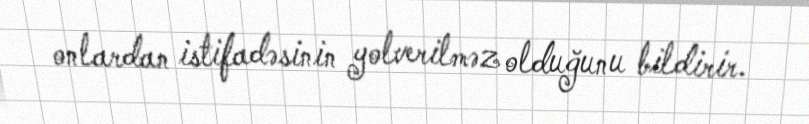
onlardan istifadəsinin yolverilməz olduğunu bildirir.